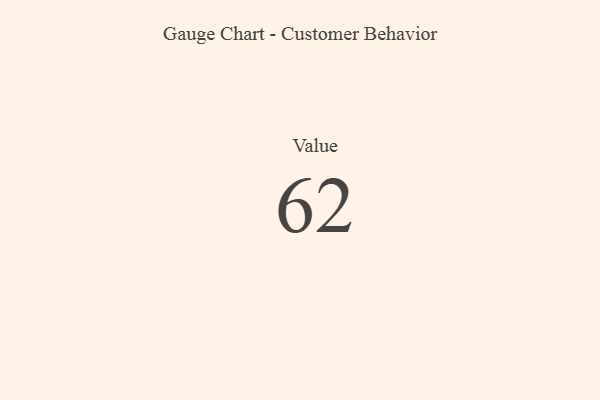
{"axis": {"x": "Metric", "y": "Value"}, "legend": [""], "data": [{"x": "Value", "y": 62, "type": ""}]}